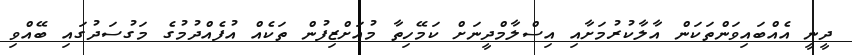
ދީނީ އެއްބައިވަންތަކަން އާލާކުރުމަށާއި އިސްލާމްދީނަށް ކަމޭހިތާ މުއަށްޒިފުން ތަކެއް އުފެއްދުމުގެ މަގުސަދުގައި ބޭއްވި